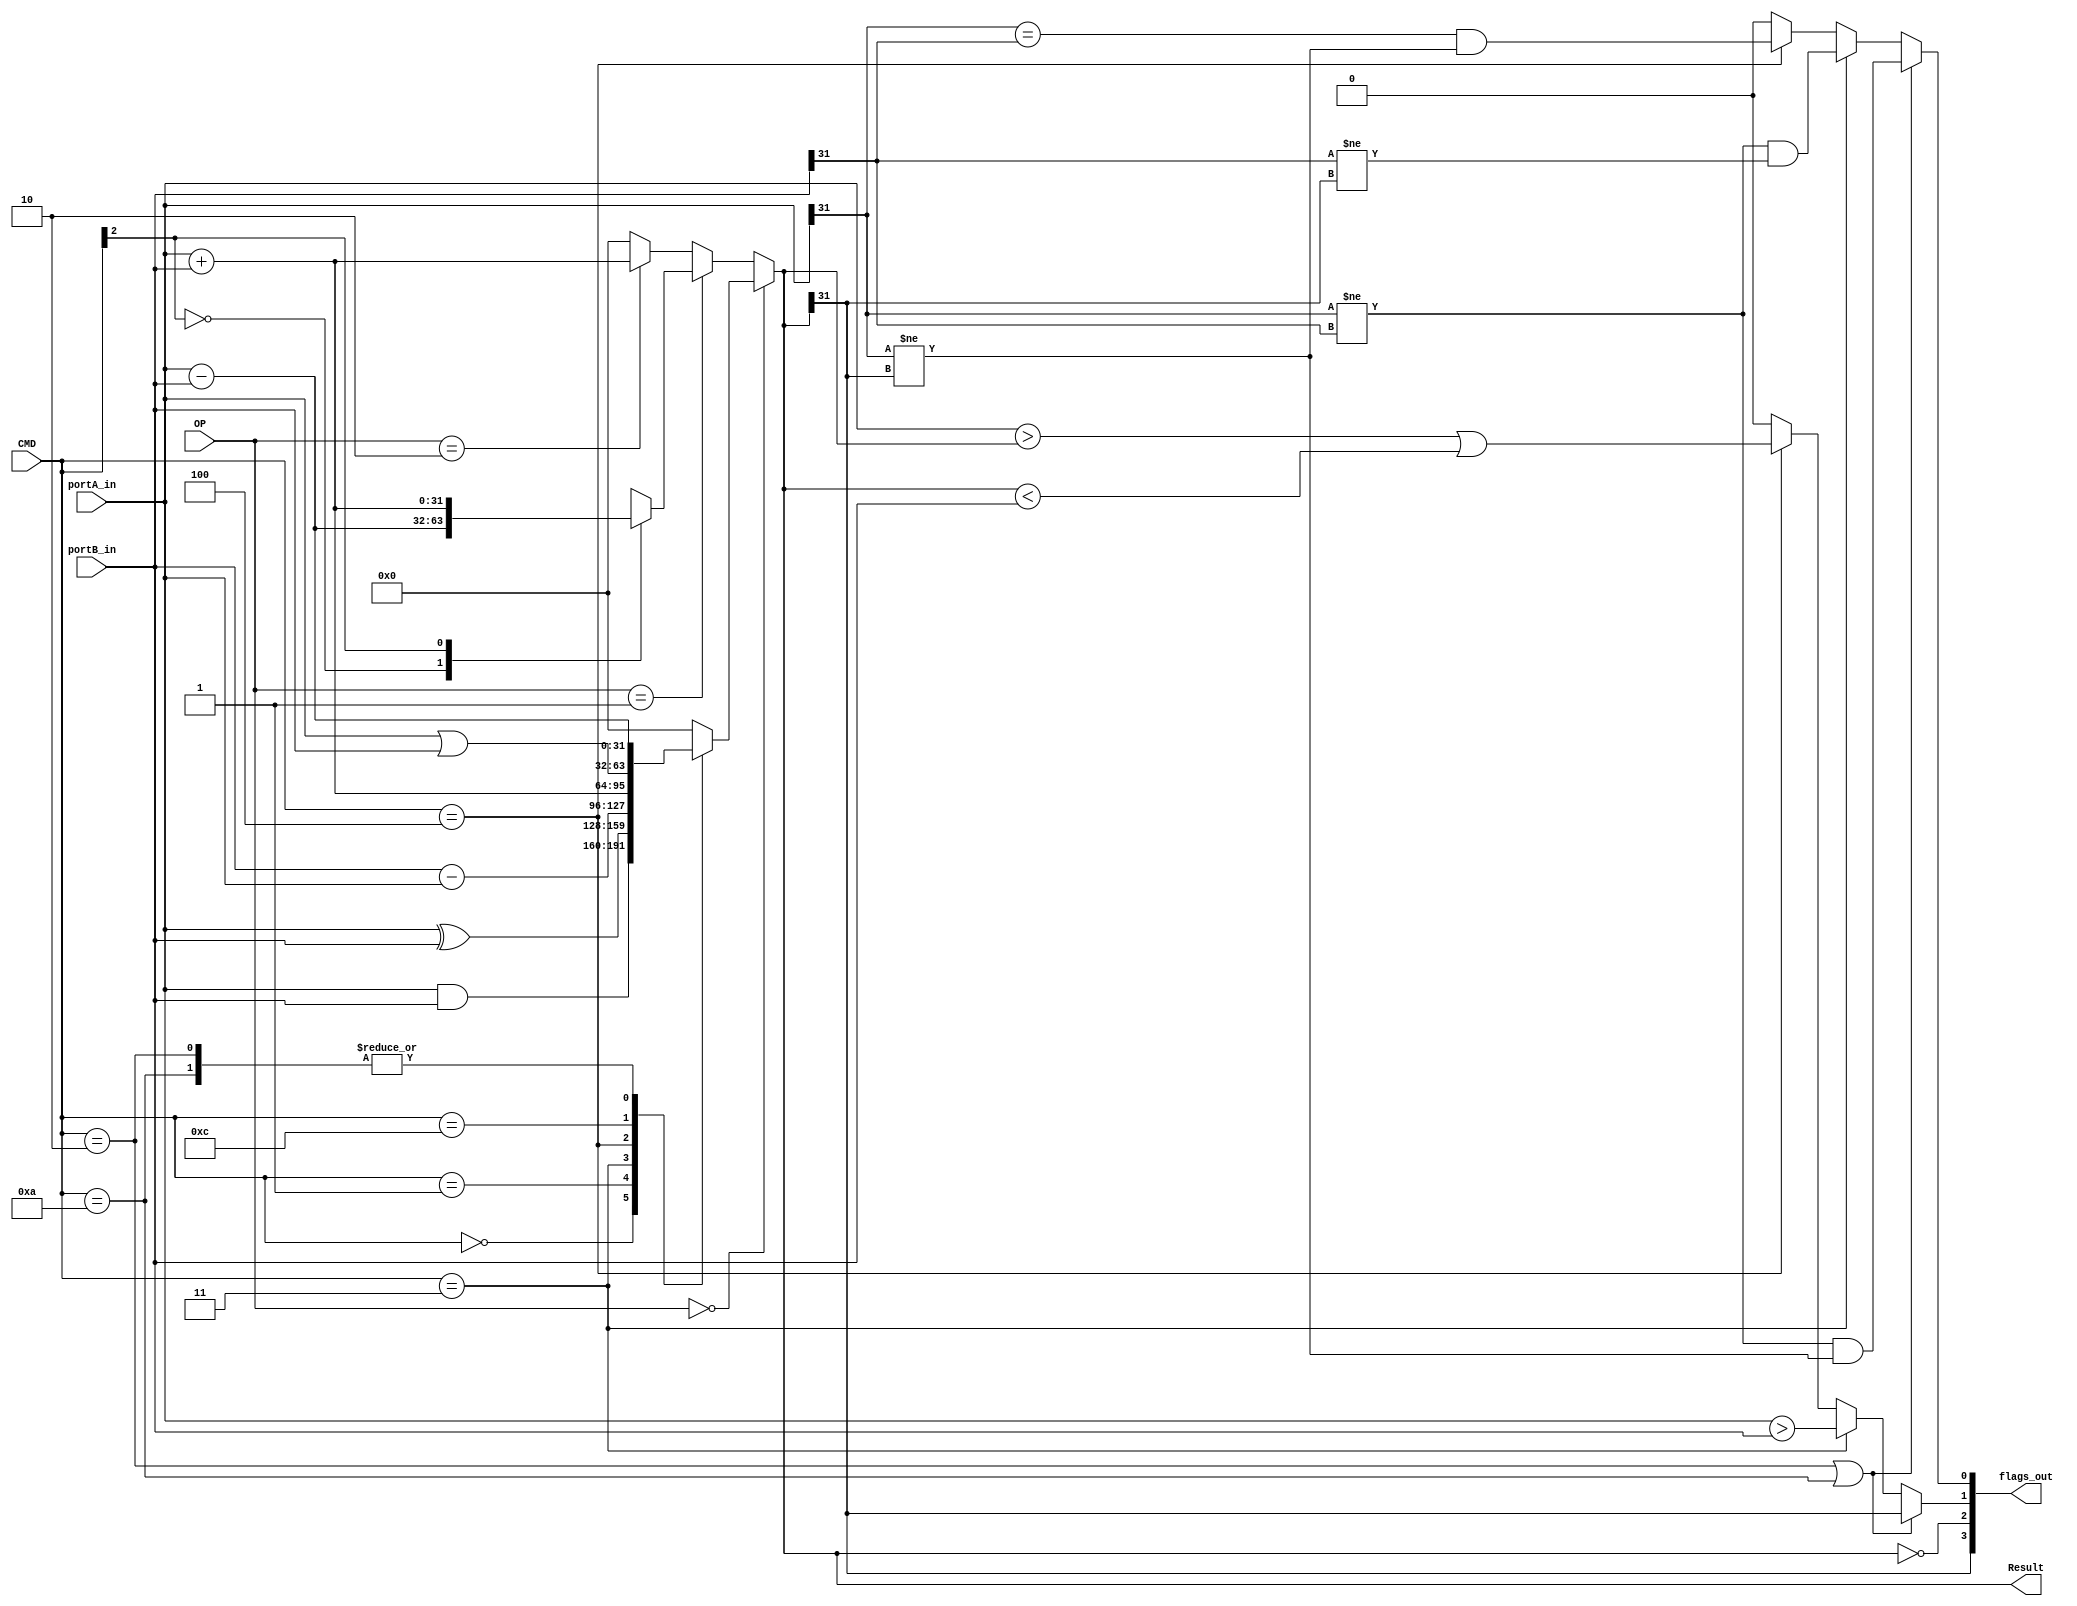
`timescale 1ns / 1ps

module ALU(
    input [31:0] portA_in, // port A - Rn
    input [31:0] portB_in, // port b - SRC
    input [1:0] OP,			// OP 
    input [3:0] CMD,			// command
    output reg [3:0] flags_out=0,// flags out - NZCO
    output reg [31:0] Result=0   // result
    );

always @(*) begin
if(OP==0) begin // data-processing
	case(CMD) 
		4'b0000: begin // Bitwise AND 
						Result = portA_in & portB_in;
					end
		4'b0001: begin // Bitwise XOR
						Result = portA_in ^ portB_in;
					end
		4'b0010: begin //  SUB
						Result = portA_in - portB_in;
					end
		4'b0011: begin //  RSB
						Result = portB_in - portA_in;
					end
		4'b0100: begin //  ADD
						Result = portA_in + portB_in;
					end
		4'b1100: begin // Bitwise ORR
						Result = portA_in | portB_in;
					end
		4'b1010: begin //  CMP
						Result = portA_in-portB_in;
					end
		default: begin
						Result=0;
					end
	endcase
end
else if(OP==1) begin // Memory instruction
	case(CMD[2]) // check U
		0: Result = portA_in-portB_in; // base addr - offset
		1: Result = portA_in+portB_in; // base addr + offset
		default: Result = portA_in+portB_in;
	endcase
end
else if(OP==2) begin // Branching
	Result = portA_in+portB_in;
end
else begin//////
Result=0;
end///////////

flags_out[3] =(Result[31]==1); // SET/CLEAR N flag
flags_out[2] = (Result==0); // SET/CLEAR z flag
if((CMD==4'b0010)|(CMD==4'b1010)) begin // sub cmp
	flags_out[1] = Result[31];//portA_in < portB_in; // SET/CLEAR c flag
	flags_out[0] = (portA_in[31]!=portB_in[31])&(portA_in[31]!=Result[31]); // SET/CLEAR o flag
end
else if(CMD==4'b0011) begin // rvsub
	flags_out[1] = portA_in > portB_in; // SET/CLEAR c flag
	flags_out[0] = (portA_in[31]!=portB_in[31])&(portB_in[31]!=Result[31]); // SET/CLEAR o flag
end
else if(CMD==4'b0100) begin // add
	flags_out[1] = (portA_in > Result)|(Result < portB_in); // SET/CLEAR c flag
	flags_out[0] = (portA_in[31]==portB_in[31])&(portA_in[31]!=Result[31]); // SET/CLEAR o flag
end
else begin
	flags_out[1] = 0;
	flags_out[0] = 0;
end
end
endmodule